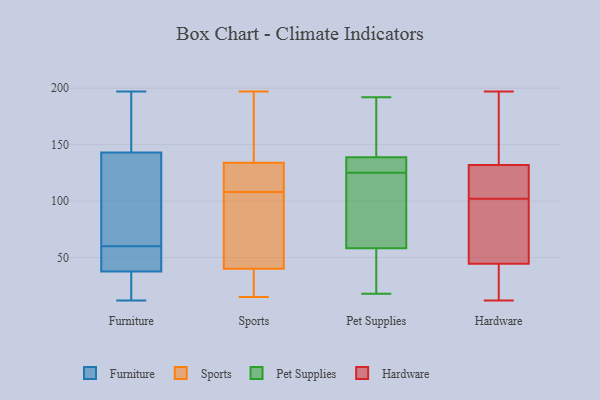
{"axis": {"x": "Budget (USD K)", "y": "Value"}, "legend": ["Furniture", "Hardware", "Pet Supplies", "Sports"], "data": [{"x": "", "y": 14, "type": "Furniture"}, {"x": "", "y": 197, "type": "Furniture"}, {"x": "", "y": 161, "type": "Furniture"}, {"x": "", "y": 179, "type": "Furniture"}, {"x": "", "y": 56, "type": "Furniture"}, {"x": "", "y": 37, "type": "Furniture"}, {"x": "", "y": 39, "type": "Furniture"}, {"x": "", "y": 122, "type": "Furniture"}, {"x": "", "y": 116, "type": "Furniture"}, {"x": "", "y": 150, "type": "Furniture"}, {"x": "", "y": 87, "type": "Furniture"}, {"x": "", "y": 12, "type": "Furniture"}, {"x": "", "y": 41, "type": "Furniture"}, {"x": "", "y": 33, "type": "Furniture"}, {"x": "", "y": 29, "type": "Furniture"}, {"x": "", "y": 60, "type": "Furniture"}, {"x": "", "y": 168, "type": "Furniture"}, {"x": "", "y": 58, "type": "Furniture"}, {"x": "", "y": 116, "type": "Furniture"}, {"x": "", "y": 197, "type": "Sports"}, {"x": "", "y": 179, "type": "Sports"}, {"x": "", "y": 115, "type": "Sports"}, {"x": "", "y": 42, "type": "Sports"}, {"x": "", "y": 129, "type": "Sports"}, {"x": "", "y": 66, "type": "Sports"}, {"x": "", "y": 116, "type": "Sports"}, {"x": "", "y": 37, "type": "Sports"}, {"x": "", "y": 15, "type": "Sports"}, {"x": "", "y": 40, "type": "Sports"}, {"x": "", "y": 172, "type": "Sports"}, {"x": "", "y": 101, "type": "Sports"}, {"x": "", "y": 24, "type": "Sports"}, {"x": "", "y": 132, "type": "Sports"}, {"x": "", "y": 26, "type": "Sports"}, {"x": "", "y": 157, "type": "Sports"}, {"x": "", "y": 52, "type": "Sports"}, {"x": "", "y": 134, "type": "Sports"}, {"x": "", "y": 128, "type": "Pet Supplies"}, {"x": "", "y": 125, "type": "Pet Supplies"}, {"x": "", "y": 47, "type": "Pet Supplies"}, {"x": "", "y": 149, "type": "Pet Supplies"}, {"x": "", "y": 37, "type": "Pet Supplies"}, {"x": "", "y": 18, "type": "Pet Supplies"}, {"x": "", "y": 132, "type": "Pet Supplies"}, {"x": "", "y": 125, "type": "Pet Supplies"}, {"x": "", "y": 92, "type": "Pet Supplies"}, {"x": "", "y": 141, "type": "Pet Supplies"}, {"x": "", "y": 192, "type": "Pet Supplies"}, {"x": "", "y": 197, "type": "Hardware"}, {"x": "", "y": 129, "type": "Hardware"}, {"x": "", "y": 32, "type": "Hardware"}, {"x": "", "y": 102, "type": "Hardware"}, {"x": "", "y": 106, "type": "Hardware"}, {"x": "", "y": 148, "type": "Hardware"}, {"x": "", "y": 128, "type": "Hardware"}, {"x": "", "y": 48, "type": "Hardware"}, {"x": "", "y": 44, "type": "Hardware"}, {"x": "", "y": 46, "type": "Hardware"}, {"x": "", "y": 12, "type": "Hardware"}, {"x": "", "y": 69, "type": "Hardware"}, {"x": "", "y": 177, "type": "Hardware"}, {"x": "", "y": 133, "type": "Hardware"}, {"x": "", "y": 15, "type": "Hardware"}]}